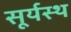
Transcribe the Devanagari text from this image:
सूर्यस्थ